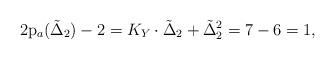
LaTeX: \begin{align*}2\mathrm{p}_a(\tilde{\Delta}_2)-2=K_Y\cdot \tilde{\Delta}_2+\tilde{\Delta}_2^2=7-6=1,\end{align*}